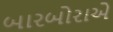
બારબોરાએ